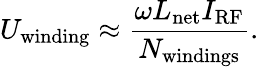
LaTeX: U_{\mathrm{winding}}\approx\frac{\omega L_{\mathrm{net}}I_{\mathrm{RF}}}{N_{\mathrm{windings}}}.